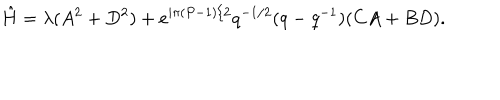
LaTeX: \hat { H } = \lambda ( A ^ { 2 } + D ^ { 2 } ) + e ^ { i \pi ( P - 1 ) / 2 } q ^ { - 1 / 2 } ( q - q ^ { - 1 } ) ( C A + B D ) .